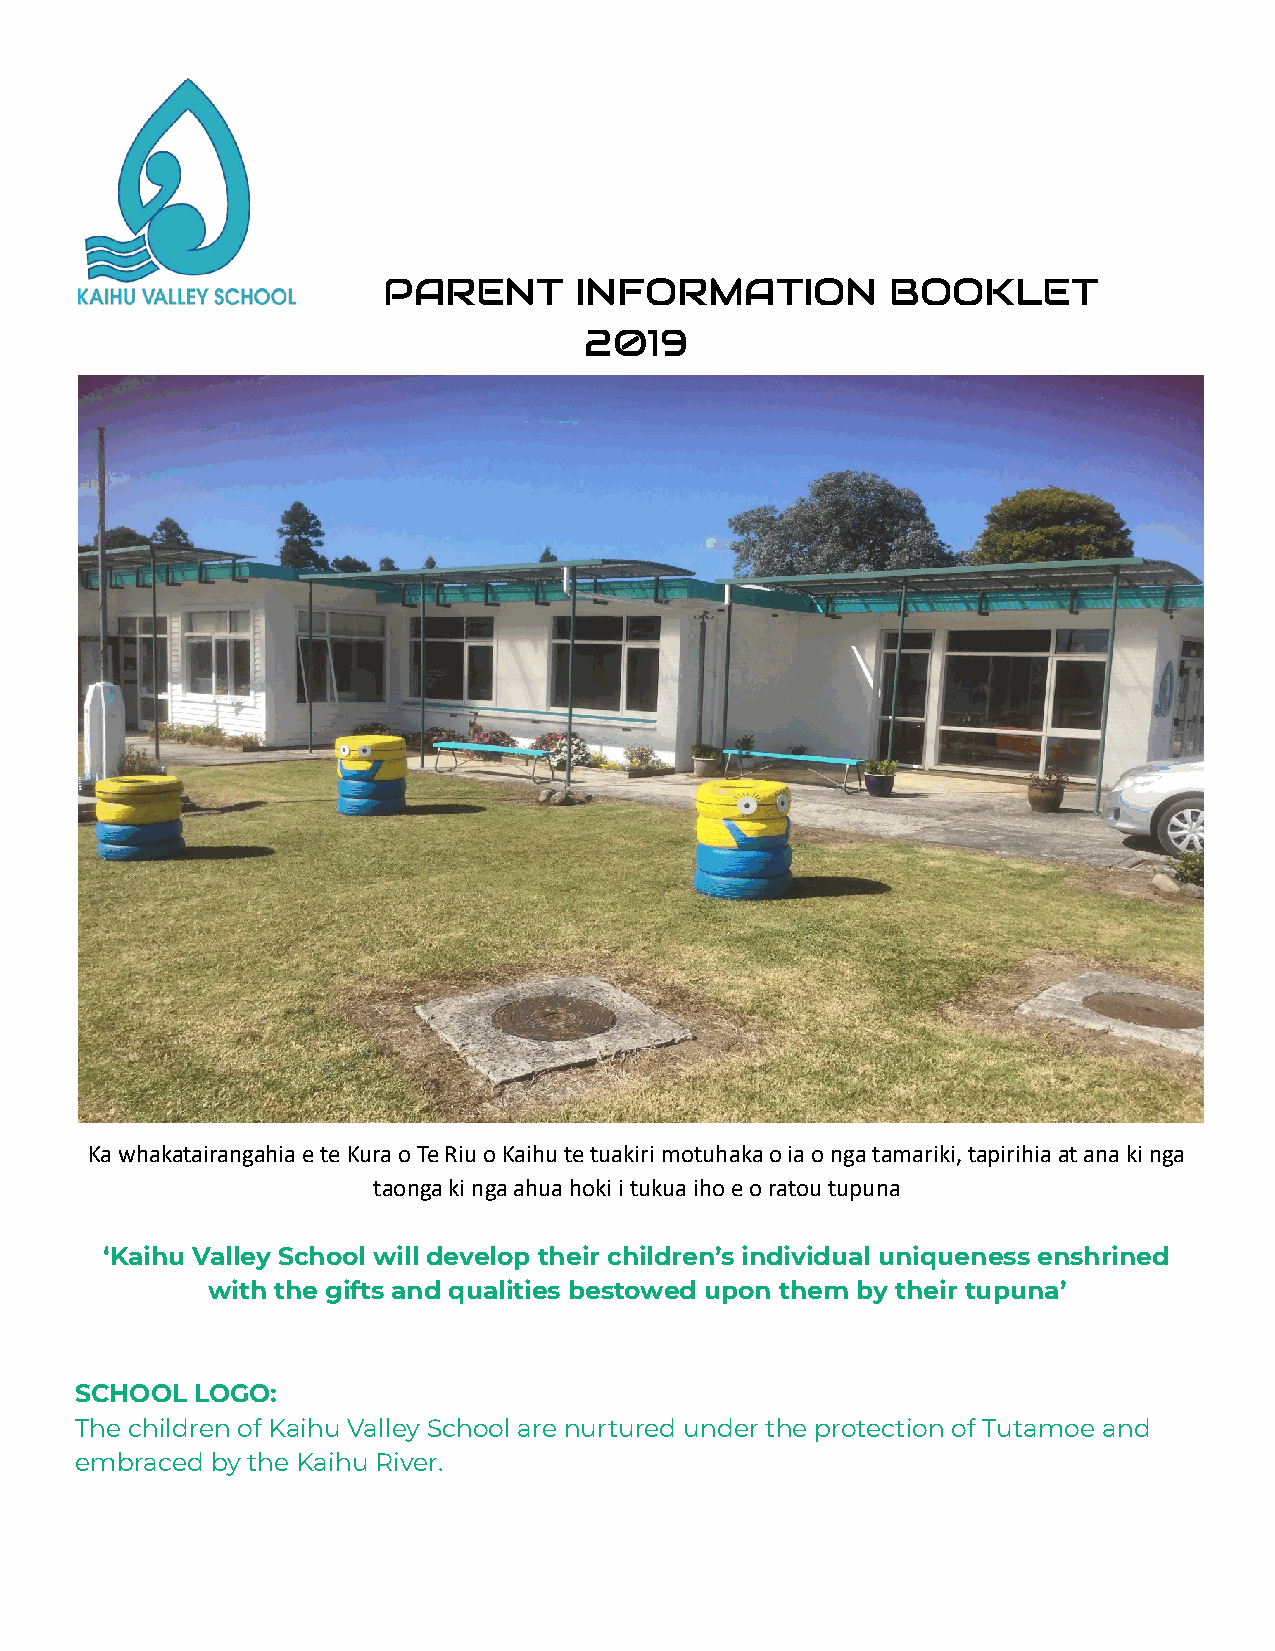
PARENT       INFORMATION          BOOKLET
 2019
 Ka whakatairangahia e te Kura o Te Riu o Kaihu te tuakiri motuhaka o ia o nga tamariki, tapirihia at ana ki nga
 taonga ki nga ahua hoki i tukua iho e o ratou tupuna
 ‘Kaihu Valley School will develop their children’s individual uniqueness enshrined
 with the gifts and qualities bestowed upon them by their tupuna’
 SCHOOL  LOGO:
 The children of Kaihu Valley School are nurtured under the protection of Tutamoe and
 embraced by the Kaihu River.